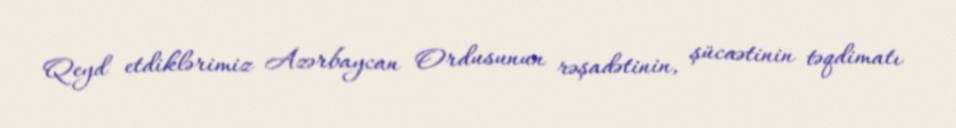
Qeyd etdiklərimiz Azərbaycan Ordusunun rəşadətinin, şücaətinin təqdimatı